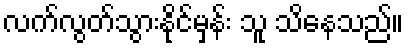
လက်လွတ်သွားနိုင်မှန်း သူ သိနေသည်။